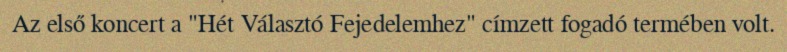
Az első koncert a "Hét Választó Fejedelemhez" címzett fogadó termében volt.